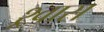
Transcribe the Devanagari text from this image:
श्र्वास